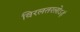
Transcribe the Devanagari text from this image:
विरलतरलोऽहं